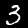
Label: 3